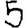
Digit: 5